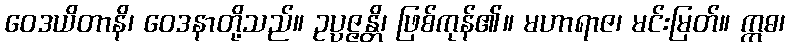
ဝေဒယိတာနိ၊ ဝေဒနာတို့သည်။ ဥပ္ပဇ္ဇန္တိ၊ ဖြစ်ကုန်၏။ မဟာရာဇ၊ မင်းမြတ်။ ဣဓ၊